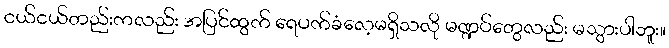
ငယ်ငယ်တည်းကလည်း အပြင်ထွက် ရေပက်ခံလေ့မရှိသလို မဏ္ဍပ်တွေလည်း မသွားပါဘူး။